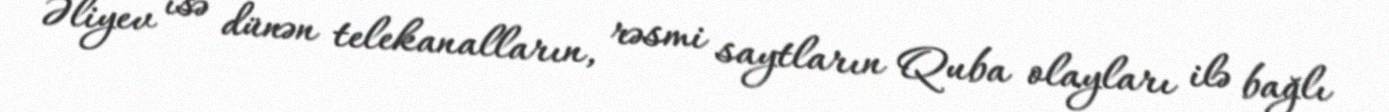
Əliyev isə dünən telekanalların, rəsmi saytların Quba olayları ilə bağlı